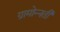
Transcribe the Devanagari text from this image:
ग्रामोन्नती